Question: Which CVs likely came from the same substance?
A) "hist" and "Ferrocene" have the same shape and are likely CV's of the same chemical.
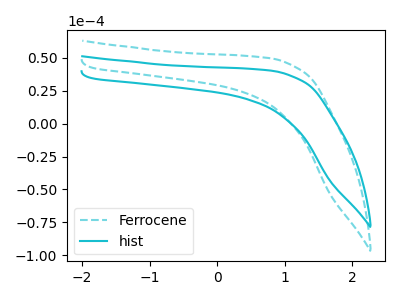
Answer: <think>The cyan dashed curve "Ferrocene" has no peaks. The cyan curve "hist" has no peaks.
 Neither "Ferrocene" or "hist" have any peaks.</think>
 <answer>A) "hist" and "Ferrocene" have the same shape and are likely CV's of the same chemical.</answer>
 <eval>A</eval>